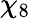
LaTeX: \chi_{8}